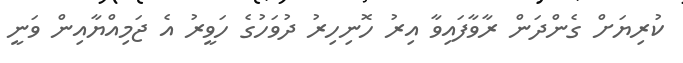
ކުރިޔަށް ގެންދަން ރާވާފައިވާ އިރު ހޮނިހިރު ދުވަހުގެ ހަވީރު އެ ޖަމިއްޔާއިން ވަނީ